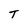
Character: T